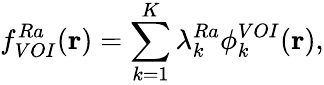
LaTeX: f_{VOI}^{Ra}(\mathbf{r})=\sum_{k=1}^{K}\lambda_{k}^{Ra}\phi_{k}^{VOI}(\mathbf{r}),